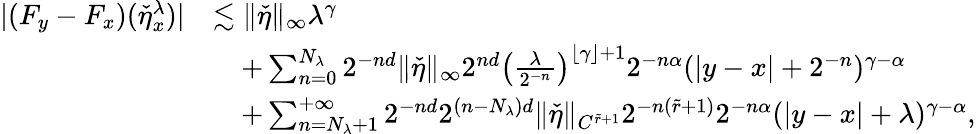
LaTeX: \begin{array}{rl}{|(F_{y}-F_{x})(\check{\eta}_{x}^{\lambda})|}&{\lesssim\| \check{\eta}\| _{\infty}\lambda^{\gamma}}\\ &{\quad+\sum_{n=0}^{N_{\lambda}}2^{-nd}\| \check{\eta}\| _{\infty}2^{nd}\left(\frac{\lambda}{2^{-n}}\right)^{\lfloor\gamma\rfloor+1}2^{-n\alpha}(|y-x|+2^{-n})^{\gamma-\alpha}}\\ &{\quad+\sum_{n=N_{\lambda}+1}^{+\infty}2^{-nd}2^{(n-N_{\lambda})d}\| \check{\eta}\| _{C^{\tilde{r}+1}}2^{-n(\tilde{r}+1)}2^{-n\alpha}(|y-x|+\lambda)^{\gamma-\alpha},}\end{array}